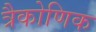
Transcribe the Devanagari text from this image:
त्रैकोणिक